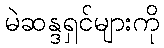
မဲဆန္ဒရှင်များကို